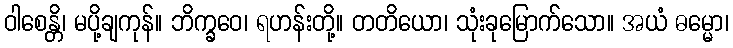
ဝါစေန္တိ၊ မပို့ချကုန်။ ဘိက္ခဝေ၊ ရဟန်းတို့။ တတိယော၊ သုံးခုမြောက်သော။ အယံ ဓမ္မော၊